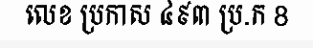
លេខ ប្រកាស ៤៩៣ ប្រ.ក 8